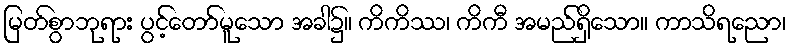
မြတ်စွာဘုရား ပွင့်တော်မူသော အခါ၌။ ကိကိဿ၊ ကိကီ အမည်ရှိသော။ ကာသိရညော၊